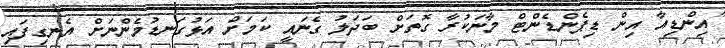
"އިންޑިއާ އިން ޑިޕެންޑެންޓް މާނަކުރާ ގޮތަށް ބަދަލު ގެނައީ ކަމަށް އަޅުގަނޑުމެންނަށް އެނގިފައި